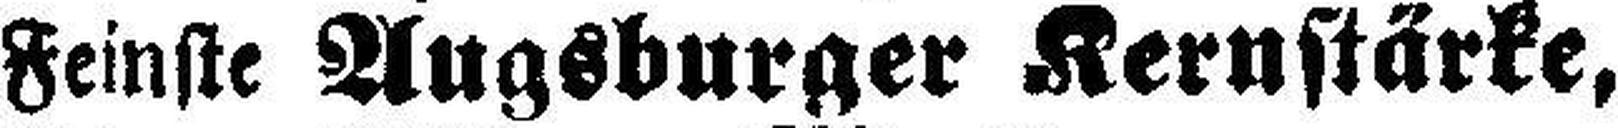
Feinste Augsburger Kernstärke,